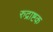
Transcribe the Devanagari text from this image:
रुद्राष्टक